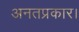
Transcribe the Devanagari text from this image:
अनतप्रकार।